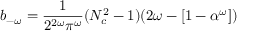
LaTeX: b _ { - \omega } = \frac { 1 } { 2 ^ { 2 \omega } \pi ^ { \omega } } ( N _ { c } ^ { 2 } - 1 ) ( 2 \omega - [ 1 - \alpha ^ { \omega } ] )